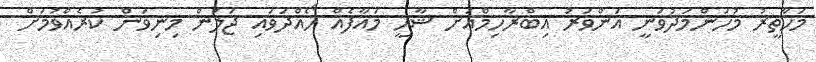
މަހާތީރު މުހަންމަދުވަނީ އަންވަރު އިބްރާހިމްއަށް ޝާހީ މައާފެއް ހޯއްދަވައި ޖަލުން މިނިވަން ކުރެއްވުމަށް